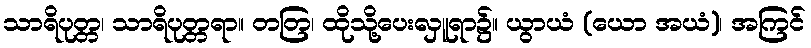
သာရိပုတ္တ၊ သာရိပုတ္တရာ။ တတြ၊ ထိုသို့ပေးလှူရာ၌။ ယွာယံ (ယော အယံ)၊ အကြင်